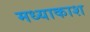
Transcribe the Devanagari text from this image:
मध्याकाश